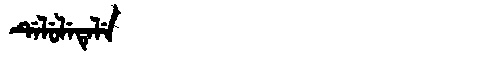
Manchu: ᡩᡝᠯᡠᠯᡝᡨᡝᠯᡝ
Romanization: DELULETELE